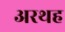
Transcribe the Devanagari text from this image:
अरथह